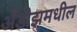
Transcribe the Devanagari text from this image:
अँडीझमधील